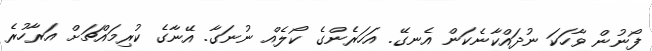
ފޯނުން ވާހަކަ ނުދައްކާނެކަން އެނގޭ. އަހަރެންގެ ކޯލެއް ނުނަގާ. އޭނާގެ ކުރިމައްޗަށް އަރާހުރެ